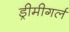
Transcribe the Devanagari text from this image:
ड्रीमीगर्ल